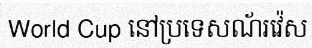
World Cup នៅប្រទេសណ័រវ៉េស